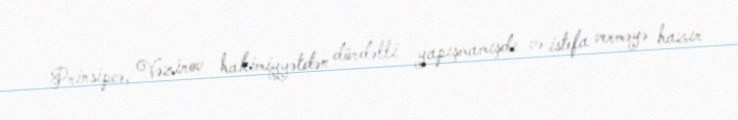
Prinsipcə, Vəzirov hakimiyyətdən dördəlli yapışmamışdı və istefa verməyə hazır